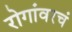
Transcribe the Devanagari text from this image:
रोगांवरचं